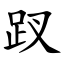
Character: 䟕